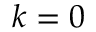
k = 0